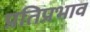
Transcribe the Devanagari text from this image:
प्रतिप्रभाव